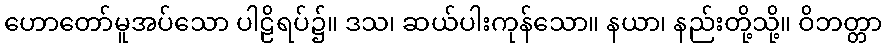
ဟောတော်မူအပ်သော ပါဠိရပ်၌။ ဒသ၊ ဆယ်ပါးကုန်သော။ နယာ၊ နည်းတို့သို့။ ဝိဘတ္တာ